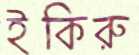
ইকিরু